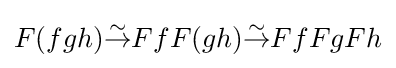
F(fgh){\overset {\sim }{\to }}FfF(gh){\overset {\sim }{\to }}FfFgFh